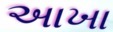
અાખા